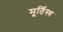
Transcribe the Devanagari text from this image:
मूर्तिस्थ